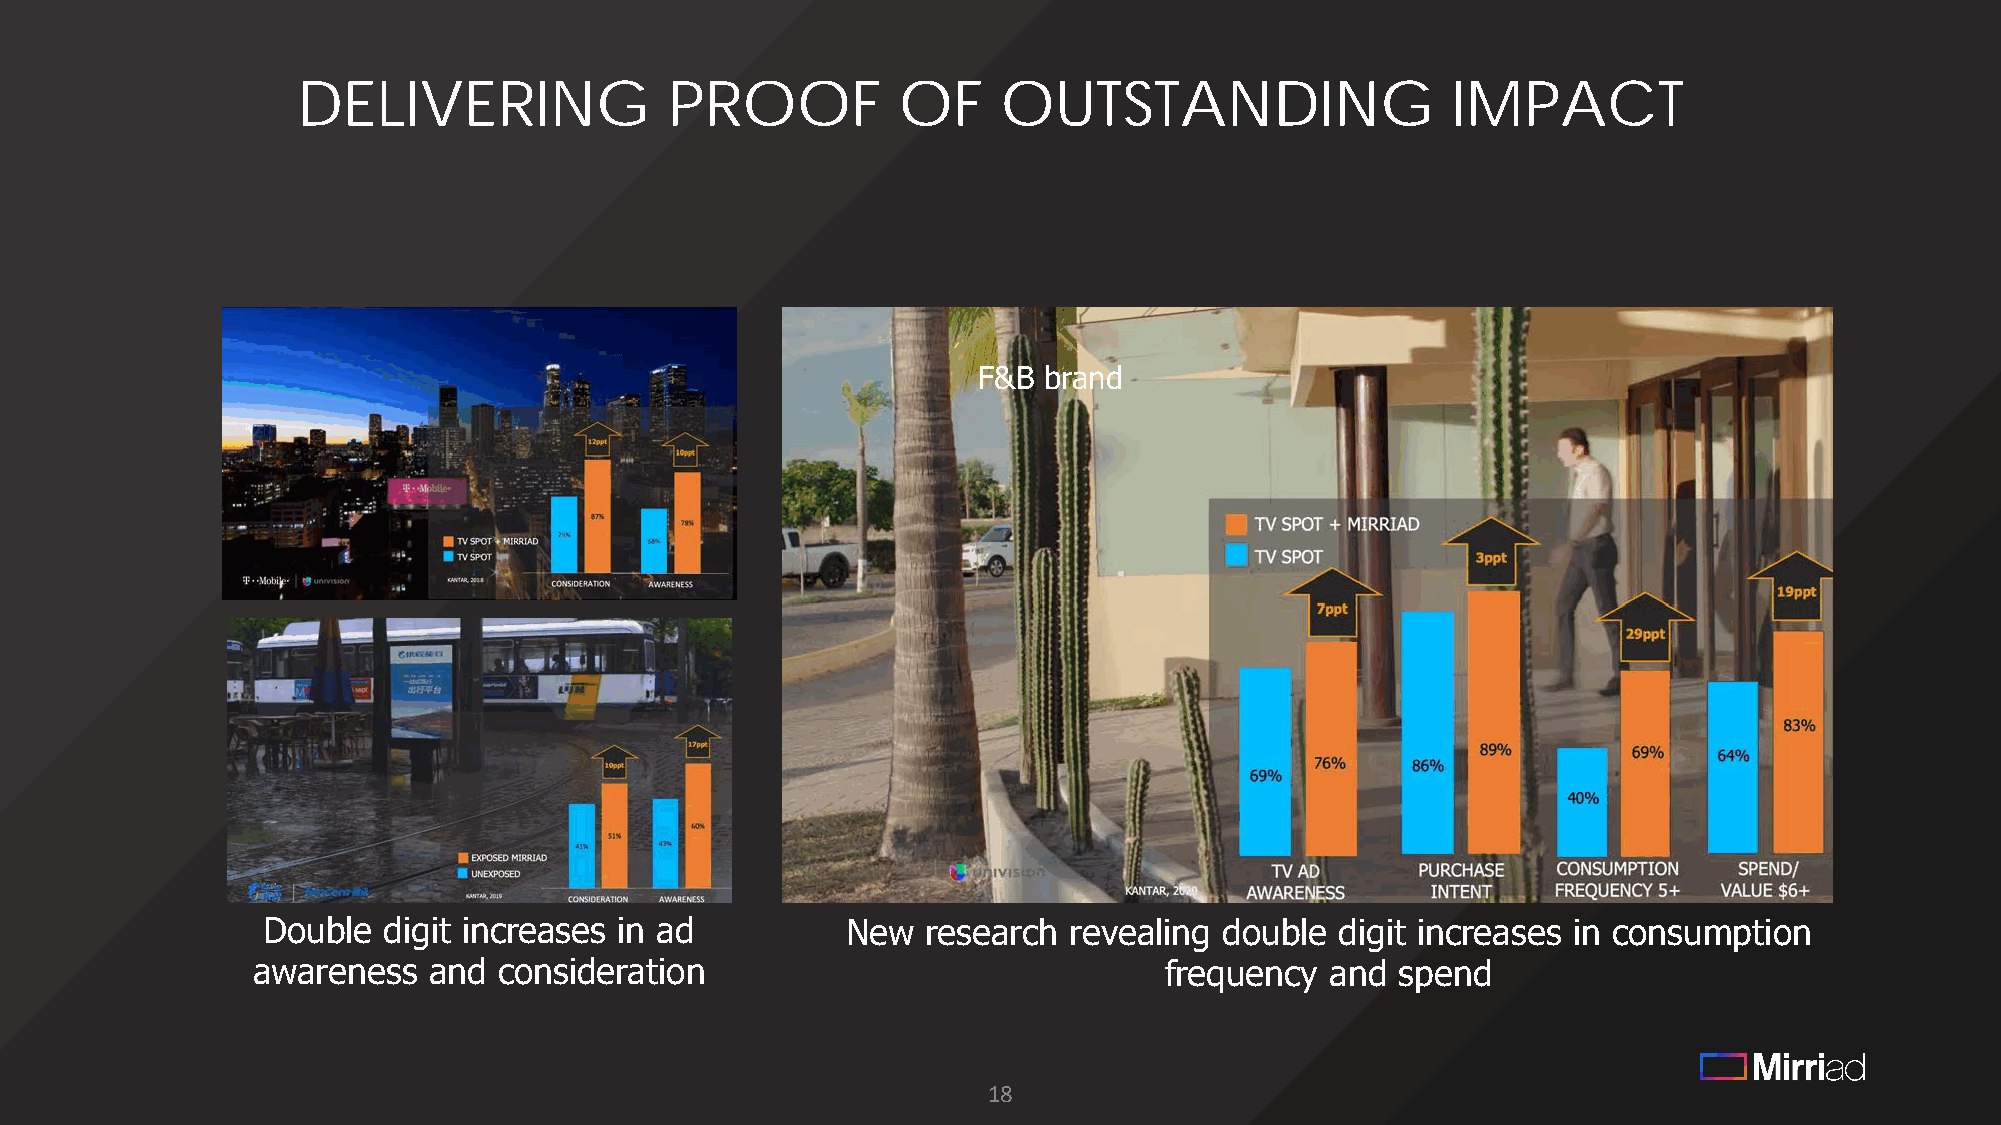
DELIVERING              PROOF          OF     OUTSTANDING                   IMPACT
 F&B brand
 Double  digit increases in ad          New  research  revealing double  digit increases in consumption
 awareness  and  consideration                               frequency  and  spend
 18